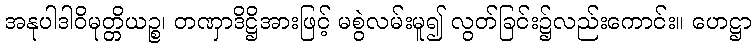
အနုပါဒါဝိမုတ္တိယဉ္စ၊ တဏှာဒိဋ္ဌိအားဖြင့် မစွဲလမ်းမူ၍ လွတ်ခြင်း၌လည်းကောင်း။ ဟေဋ္ဌာ